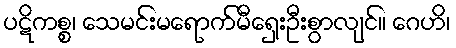
ပဋိကစ္စ၊ သေမင်းမရောက်မီရှေးဦးစွာလျင်။ ဂေဟိ၊